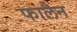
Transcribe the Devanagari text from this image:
फालैन